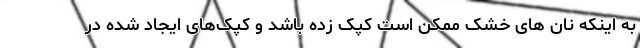
به اینکه نان های خشک ممکن است کپک زده باشد و کپک‌های ایجاد شده در